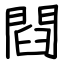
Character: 閰